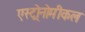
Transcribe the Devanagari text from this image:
एस्ट्रोनोमीकल